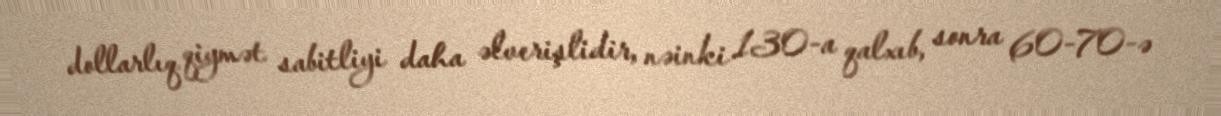
dollarlıq qiymət sabitliyi daha əlverişlidir, nəinki 130-a qalxıb, sonra 60-70-ə